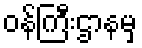
ဝန်ကြီးဌာနမှ